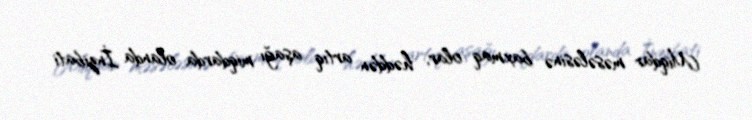
Miqdar məsələsinə baxmaq olar, həddən artıq aşağı miqdarda olanda İnzibati